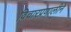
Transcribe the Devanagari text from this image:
विचारप्रणालीने